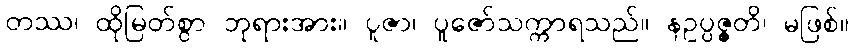
တဿ၊ ထိုမြတ်စွာ ဘုရားအား။ ပူဇာ၊ ပူဇော်သက္ကာရသည်။ နဥပ္ပဇ္ဇတိ၊ မဖြစ်။